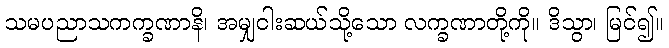
သမပညာသကက္ခဏာနိ၊ အမျှငါးဆယ်သို့သော လက္ခဏာတို့ကို။ ဒိသွာ၊ မြင်၍။